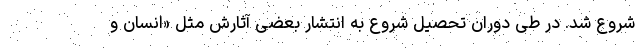
شروع شد. در طی دوران تحصیل شروع به انتشار بعضی آثارش مثل «انسان و